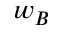
w _ { B }